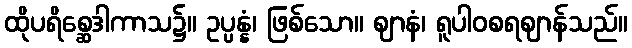
ထိုပရိစ္ဆေဒါကာသ၌။ ဥပ္ပန္နံ၊ ဖြစ်သော။ ဈာနံ၊ ရူပါဝစရဈာန်သည်။